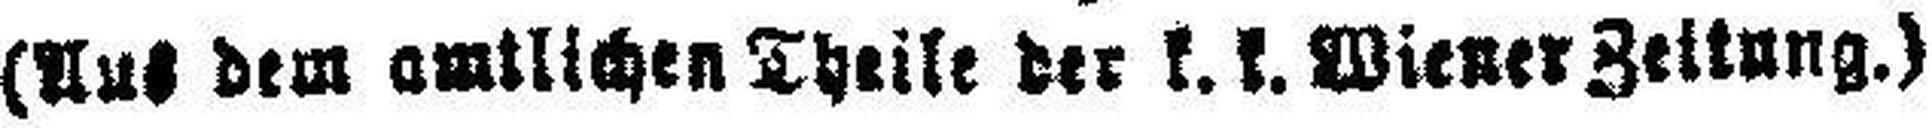
(Aus dem amtlichen Theile der k. k. Wiener Zeitung.)